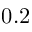
0 . 2